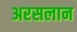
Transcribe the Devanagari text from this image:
अरसलान